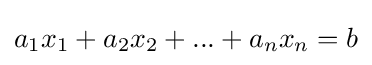
a_{1}x_{1}+a_{2}x_{2}+...+a_{n}x_{n}=b